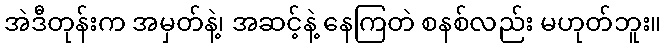
အဲဒီတုန်းက အမှတ်နဲ့၊ အဆင့်နဲ့ နေကြတဲ စနစ်လည်း မဟုတ်ဘူး။